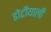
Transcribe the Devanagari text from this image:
डोटीयाली